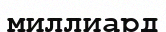
миллиард